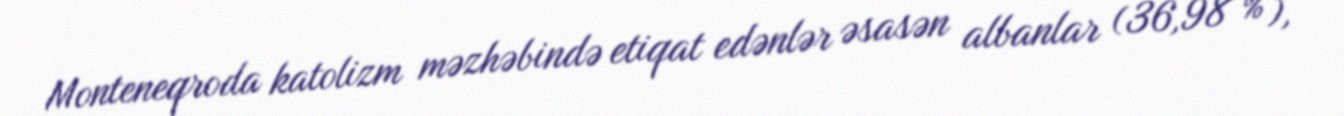
Monteneqroda katolizm məzhəbində etiqat edənlər əsasən albanlar (36,98 %),